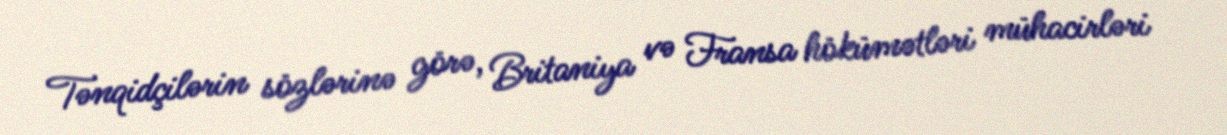
Tənqidçilərin sözlərinə görə, Britaniya və Fransa hökümətləri mühacirləri